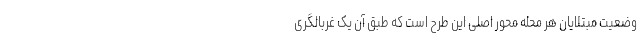
وضعیت مبتلایان هر محله محور اصلی این طرح است که طبق آن یک غربالگری